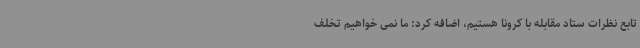
تابع نظرات ستاد مقابله با کرونا هستیم، اضافه کرد: ما نمی خواهیم تخلف